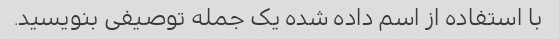
با استفاده از اسم داده شده یک جمله توصیفی بنویسید.